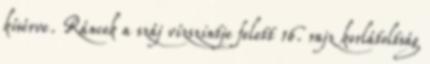
kísérve. Ráncok a száj vízszintje felett 16. rajz korlátoltság